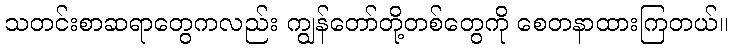
သတင်းစာဆရာတွေကလည်း ကျွန်တော်တို့တစ်တွေကို စေတနာထားကြတယ်။